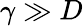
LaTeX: \gamma\gg D